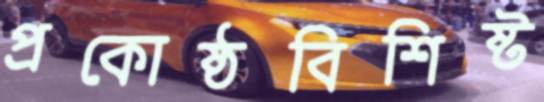
প্রকোষ্ঠবিশিষ্ট